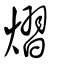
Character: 熠